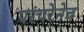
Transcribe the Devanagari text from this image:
परंपरेनेच